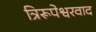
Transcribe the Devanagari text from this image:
त्रिरूपेश्वरवाद